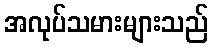
အလုပ်သမားများသည်